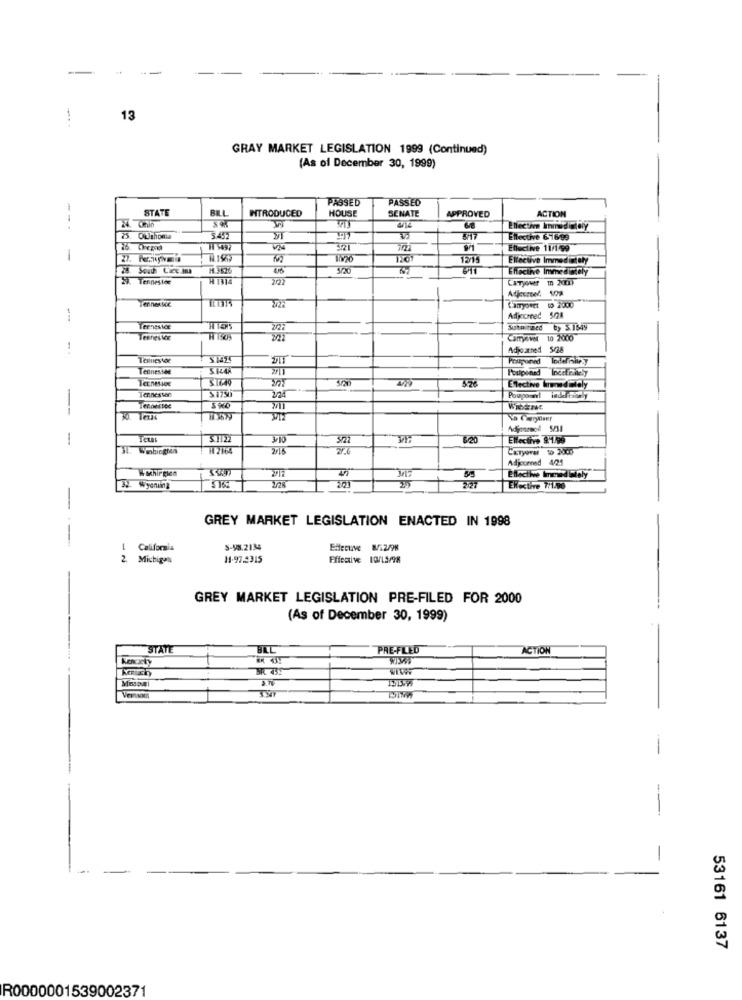
-
13
GRAY MARKET LEGISLATION 1999 (Continued)
(As of December 30, 1999)
PASSED
PASSED
STATE
BILL
INTRODUCED
HOUSE
SENATE
APPROVED
ACTION
--
18
Effective Immediately
75. OUJthonle
3451
Ellective 6-16/99
W1 5497
Effective 11/1:59
12/15
Effective Immediately
5/20
Effective Inimmediately
29. Tennestae
2/22
CaTyover In 2021)
Adjcursed 1002
Lamyovet to 2000
Adjeconeć 5/24
Ternesice
Suturaed by 5.1549
Camyevet 10 2000
Adjoatned 5/28
Tennessee
Postponed
$ 1750
Elective Immediately
Jennesser
Zał
--
-
S.1122
310
6:20
Ellective 9"1/99
:12164
CaTyoral 10 2000
Adjourned 4
Wschirgien
1
ENlective Immediately
32. Wyening
Elective 7/1.90
GREY MARKET LEGISLATION ENACTED IN 1998
1
California
S-98.2134
Effecuve W/12/98
2
Michigan
11.97.2315
Effective 10/15/98
GREY MARKET LEGISLATION PRE-FILED FOR 2000
(As of December 30, 1999)
STATE
PRE-FLED
ACTION
53161 6137
R0000001539002371